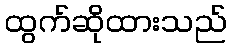
ထွက်ဆိုထားသည်